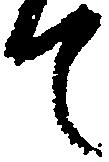
て